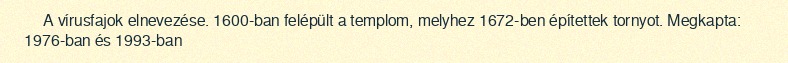
A vírusfajok elnevezése. 1600-ban felépült a templom, melyhez 1672-ben építettek tornyot. Megkapta: 1976-ban és 1993-ban